Scottish Certificate of Education, 1963
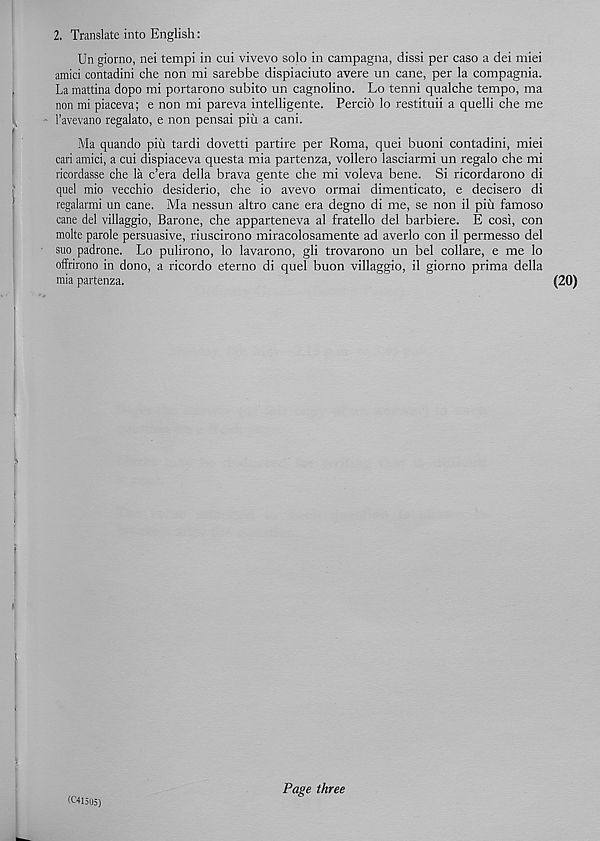
2. Translate into English:
Un giorno, nei tempi in cui vivevo solo in campagna, dissi per caso a dei miei
amici contadini che non mi sarebbe dispiaciuto avere un cane, per la compagnia.
La mattina dopo mi portarono subito un cagnolino. Lo tenni qualche tempo, ma
non mi piaceva; e non mi pareva intelligente. Percio lo restituii a quelli che me
1’avevano regalato, e non pensai piii a cani.
Ma quando piii tardi dovetti partire per Roma, quei buoni contadini, miei
cari amici, a cui dispiaceva questa mia partenza, vollero lasciarmi un regalo che mi
ricordasse che la c’era della brava gente che mi voleva bene. Si ricordarono di
quel mio vecchio desiderio, che io avevo ormai dimenticato, e decisero di
regalarmi un cane. Ma nessun altro cane era degno di me, se non il pin famoso
cane del villaggio, Barone, che apparteneva al fratello del barbiere. E cosi, con
molte parole persuasive, riuscirono miracolosamente ad averlo con il permesso del
suo padrone. Lo pulirono, lo lavarono, gli trovarono un bel collate, e me lo
offrirono in dono, a ricordo eterno di quel buon villaggio, il giorno prima della
mia partenza.
(20)
(C41505)
Page three